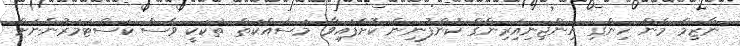
ނާޒިމް މެން ހިންގި އިންޖިނިއަިރިންގް ކުންފުނިން ކޮށްފައިވާ މަސައްކަތް ތަކަކީ ވެސް ކަސްޓަމަރުންނަށް